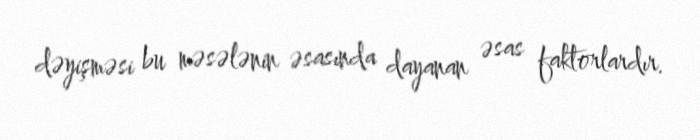
dəyişməsi bu məsələnin əsasında dayanan əsas faktorlardır.